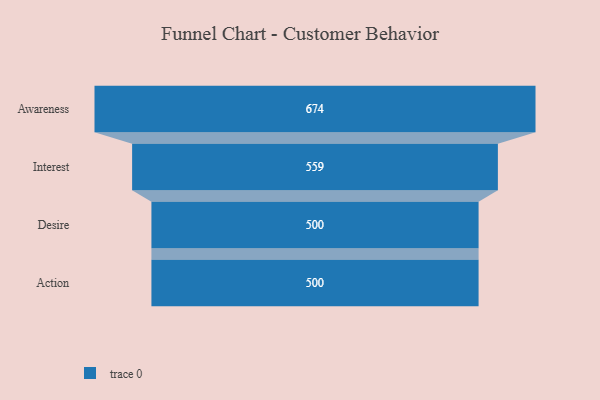
{"axis": {"x": "Stage", "y": "Value"}, "legend": [""], "data": [{"x": "Awareness", "y": 674.0, "type": ""}, {"x": "Interest", "y": 559.0, "type": ""}, {"x": "Desire", "y": 500, "type": ""}, {"x": "Action", "y": 500, "type": ""}]}